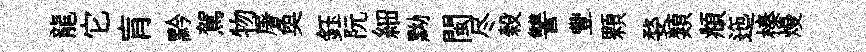
龍它肓黔駕物屠奐鈺阮細黝閩尽榖讐豐顆婺類頫迤榛熳